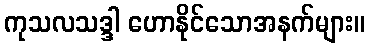
ကုသလသဒ္ဒါ ဟောနိုင်သောအနက်များ။